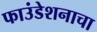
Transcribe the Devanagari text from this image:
फाउंडेशनाचा